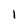
Character: l